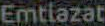
Emtiazat